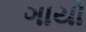
ગાયો